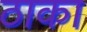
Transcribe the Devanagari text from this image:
ठाका